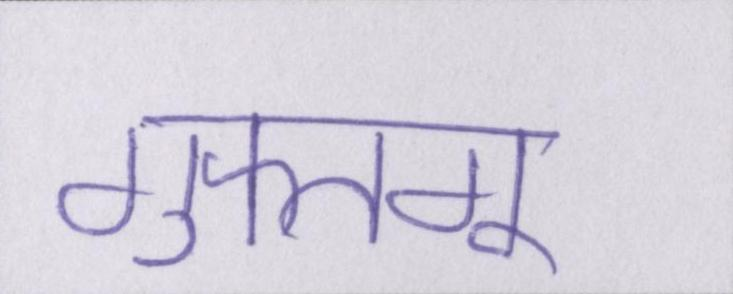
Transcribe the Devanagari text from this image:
गुफ्तगू